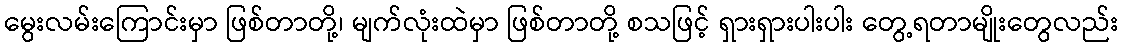
မွေးလမ်းကြောင်းမှာ ဖြစ်တာတို့၊ မျက်လုံးထဲမှာ ဖြစ်တာတို့ စသဖြင့် ရှားရှားပါးပါး တွေ့ရတာမျိုးတွေလည်း